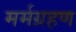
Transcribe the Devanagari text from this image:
मर्मग्रहण